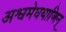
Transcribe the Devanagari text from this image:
अश्वमेघयाजिन्